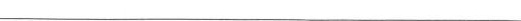
___